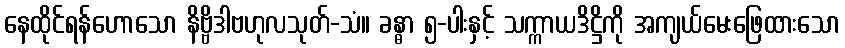
နေထိုင်ရန်ဟောသော နိဗ္ဗိဒါဗဟုလသုတ်-သံ။ ခန္ဓာ ၅-ပါးနှင့် သက္ကာယဒိဋ္ဌိကို အကျယ်မေးဖြေထားသော